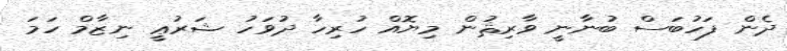
ދެން ފަހުބަސް ބުނާނީ ވާރިޘުން މިޔޮއް ހުރިހާ ދުވަހު ޝަރުޢީ ނިޒާމް ހަމަ